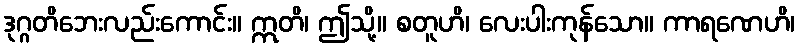
ဒုဂ္ဂတိဘေးလည်းကောင်း။ ဣတိ၊ ဤသို့။ စတူဟိ၊ လေးပါးကုန်သော။ ကာရဏေဟိ၊